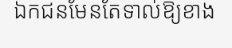
ឯកជនមែនតែទាល់ឱ្យខាង